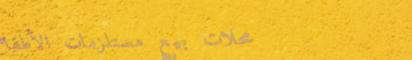
محلات بيع مستلزمات الأطفا